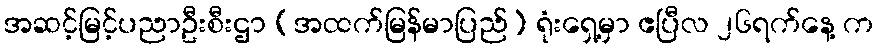
အဆင့်မြင့်ပညာဦးစီးဌာ (အထက်မြန်မာပြည်) ရုံးရှေ့မှာ ဧပြီလ ၂၆ရက်နေ့ က